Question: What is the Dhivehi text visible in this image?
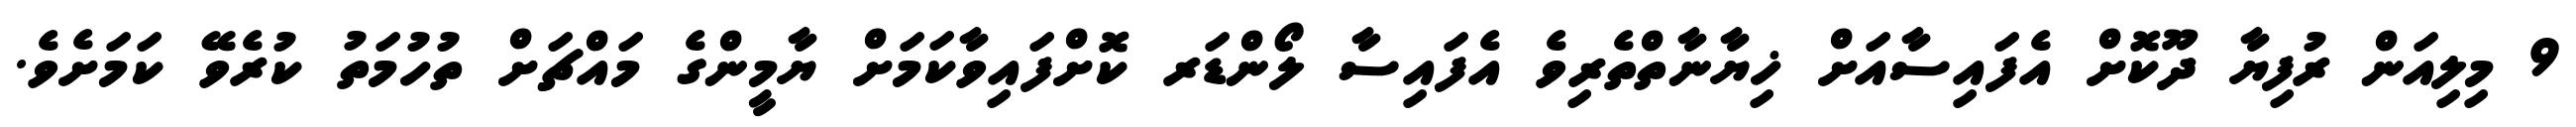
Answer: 9 މިލިއަން ރުފިޔާ ދޫކޮށް އެފައިސާއަށް ޚިޔާނާތްތެރިވެ އެފައިސާ ލޯންޑަރ ކޮށްފައިވާކަމަށް ޔާމީންގެ މައްޗަށް ތުހުމަތު ކުރެވޭ ކަމަށެވެ.